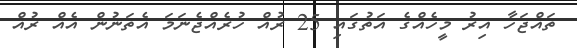
ތައްޖަހާ އިރު މީހެއްގެ އަތުގައި 25 ރުއް ހުރެއްޖެނަމަ އެތަނުން އެއް ރުއް